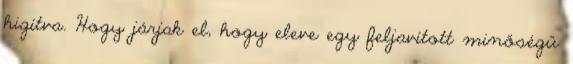
higítva. Hogy járjak el, hogy eleve egy feljavított minőségű